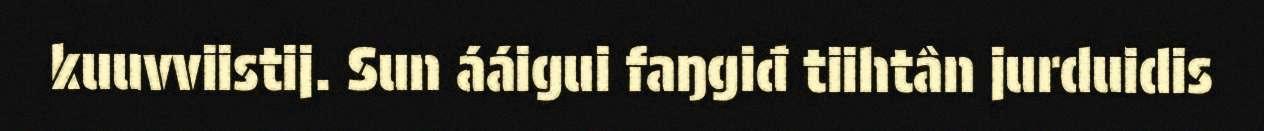
kuuvviistij. Sun ááigui faŋgiđ tiihtân jurduidis